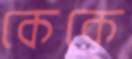
কেকে